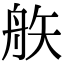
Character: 𥎻